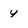
Character: y